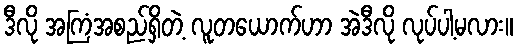
ဒီလို အကြံအစည်ရှိတဲ့ လူတယောက်ဟာ အဲဒီလို လုပ်ပါ့မလား။